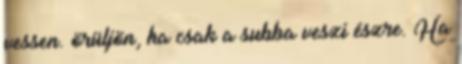
vessen. örüljön, ha csak a subba veszi észre. Ha